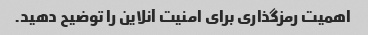
اهمیت رمزگذاری برای امنیت آنلاین را توضیح دهید.